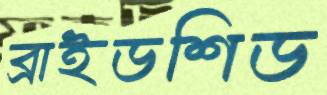
ব্রাইডশিড